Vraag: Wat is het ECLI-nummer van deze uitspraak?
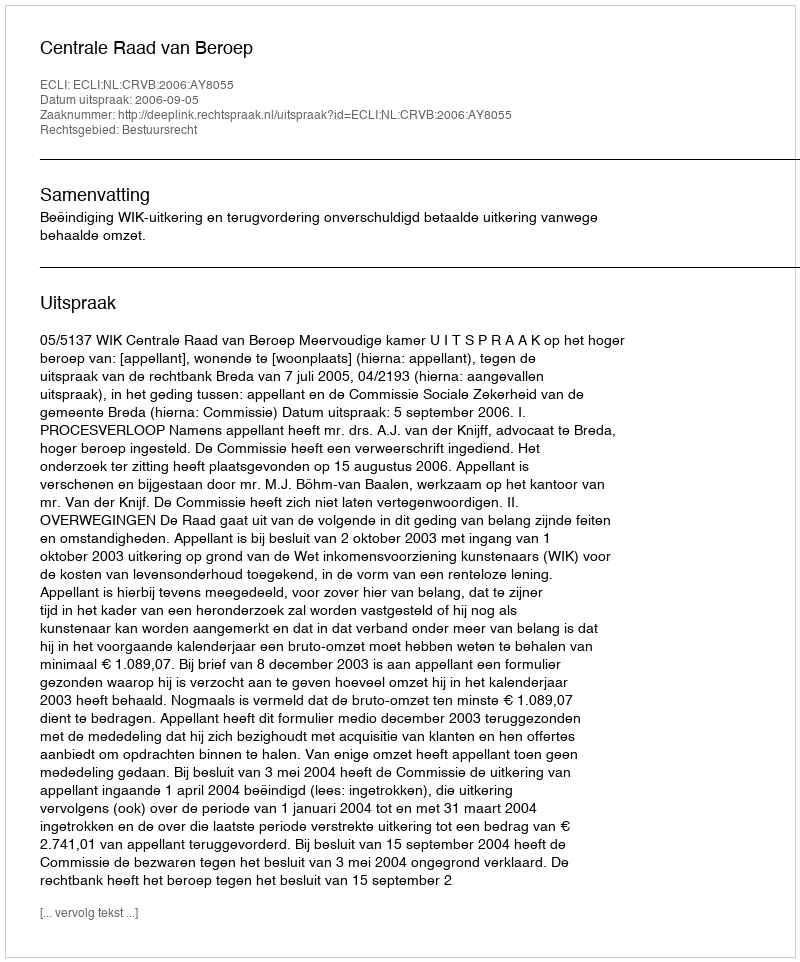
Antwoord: ECLI:NL:CRVB:2006:AY8055